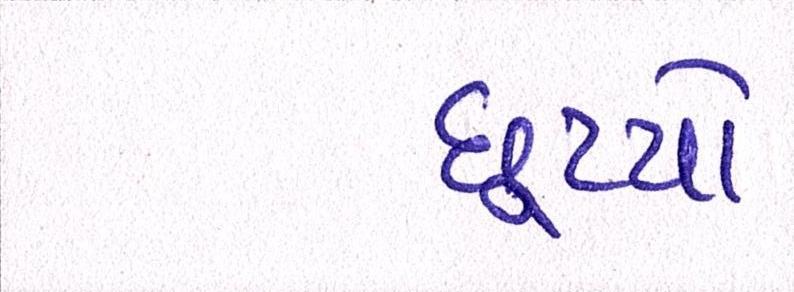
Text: છૂટયો